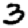
Digit: 3